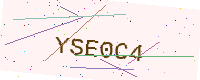
Text: YSE0C4